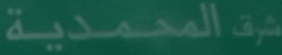
شرقالمحمدية